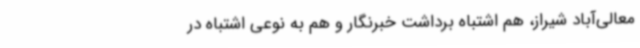
معالی‌آباد شیراز، هم اشتباه برداشت خبرنگار و هم به نوعی اشتباه در